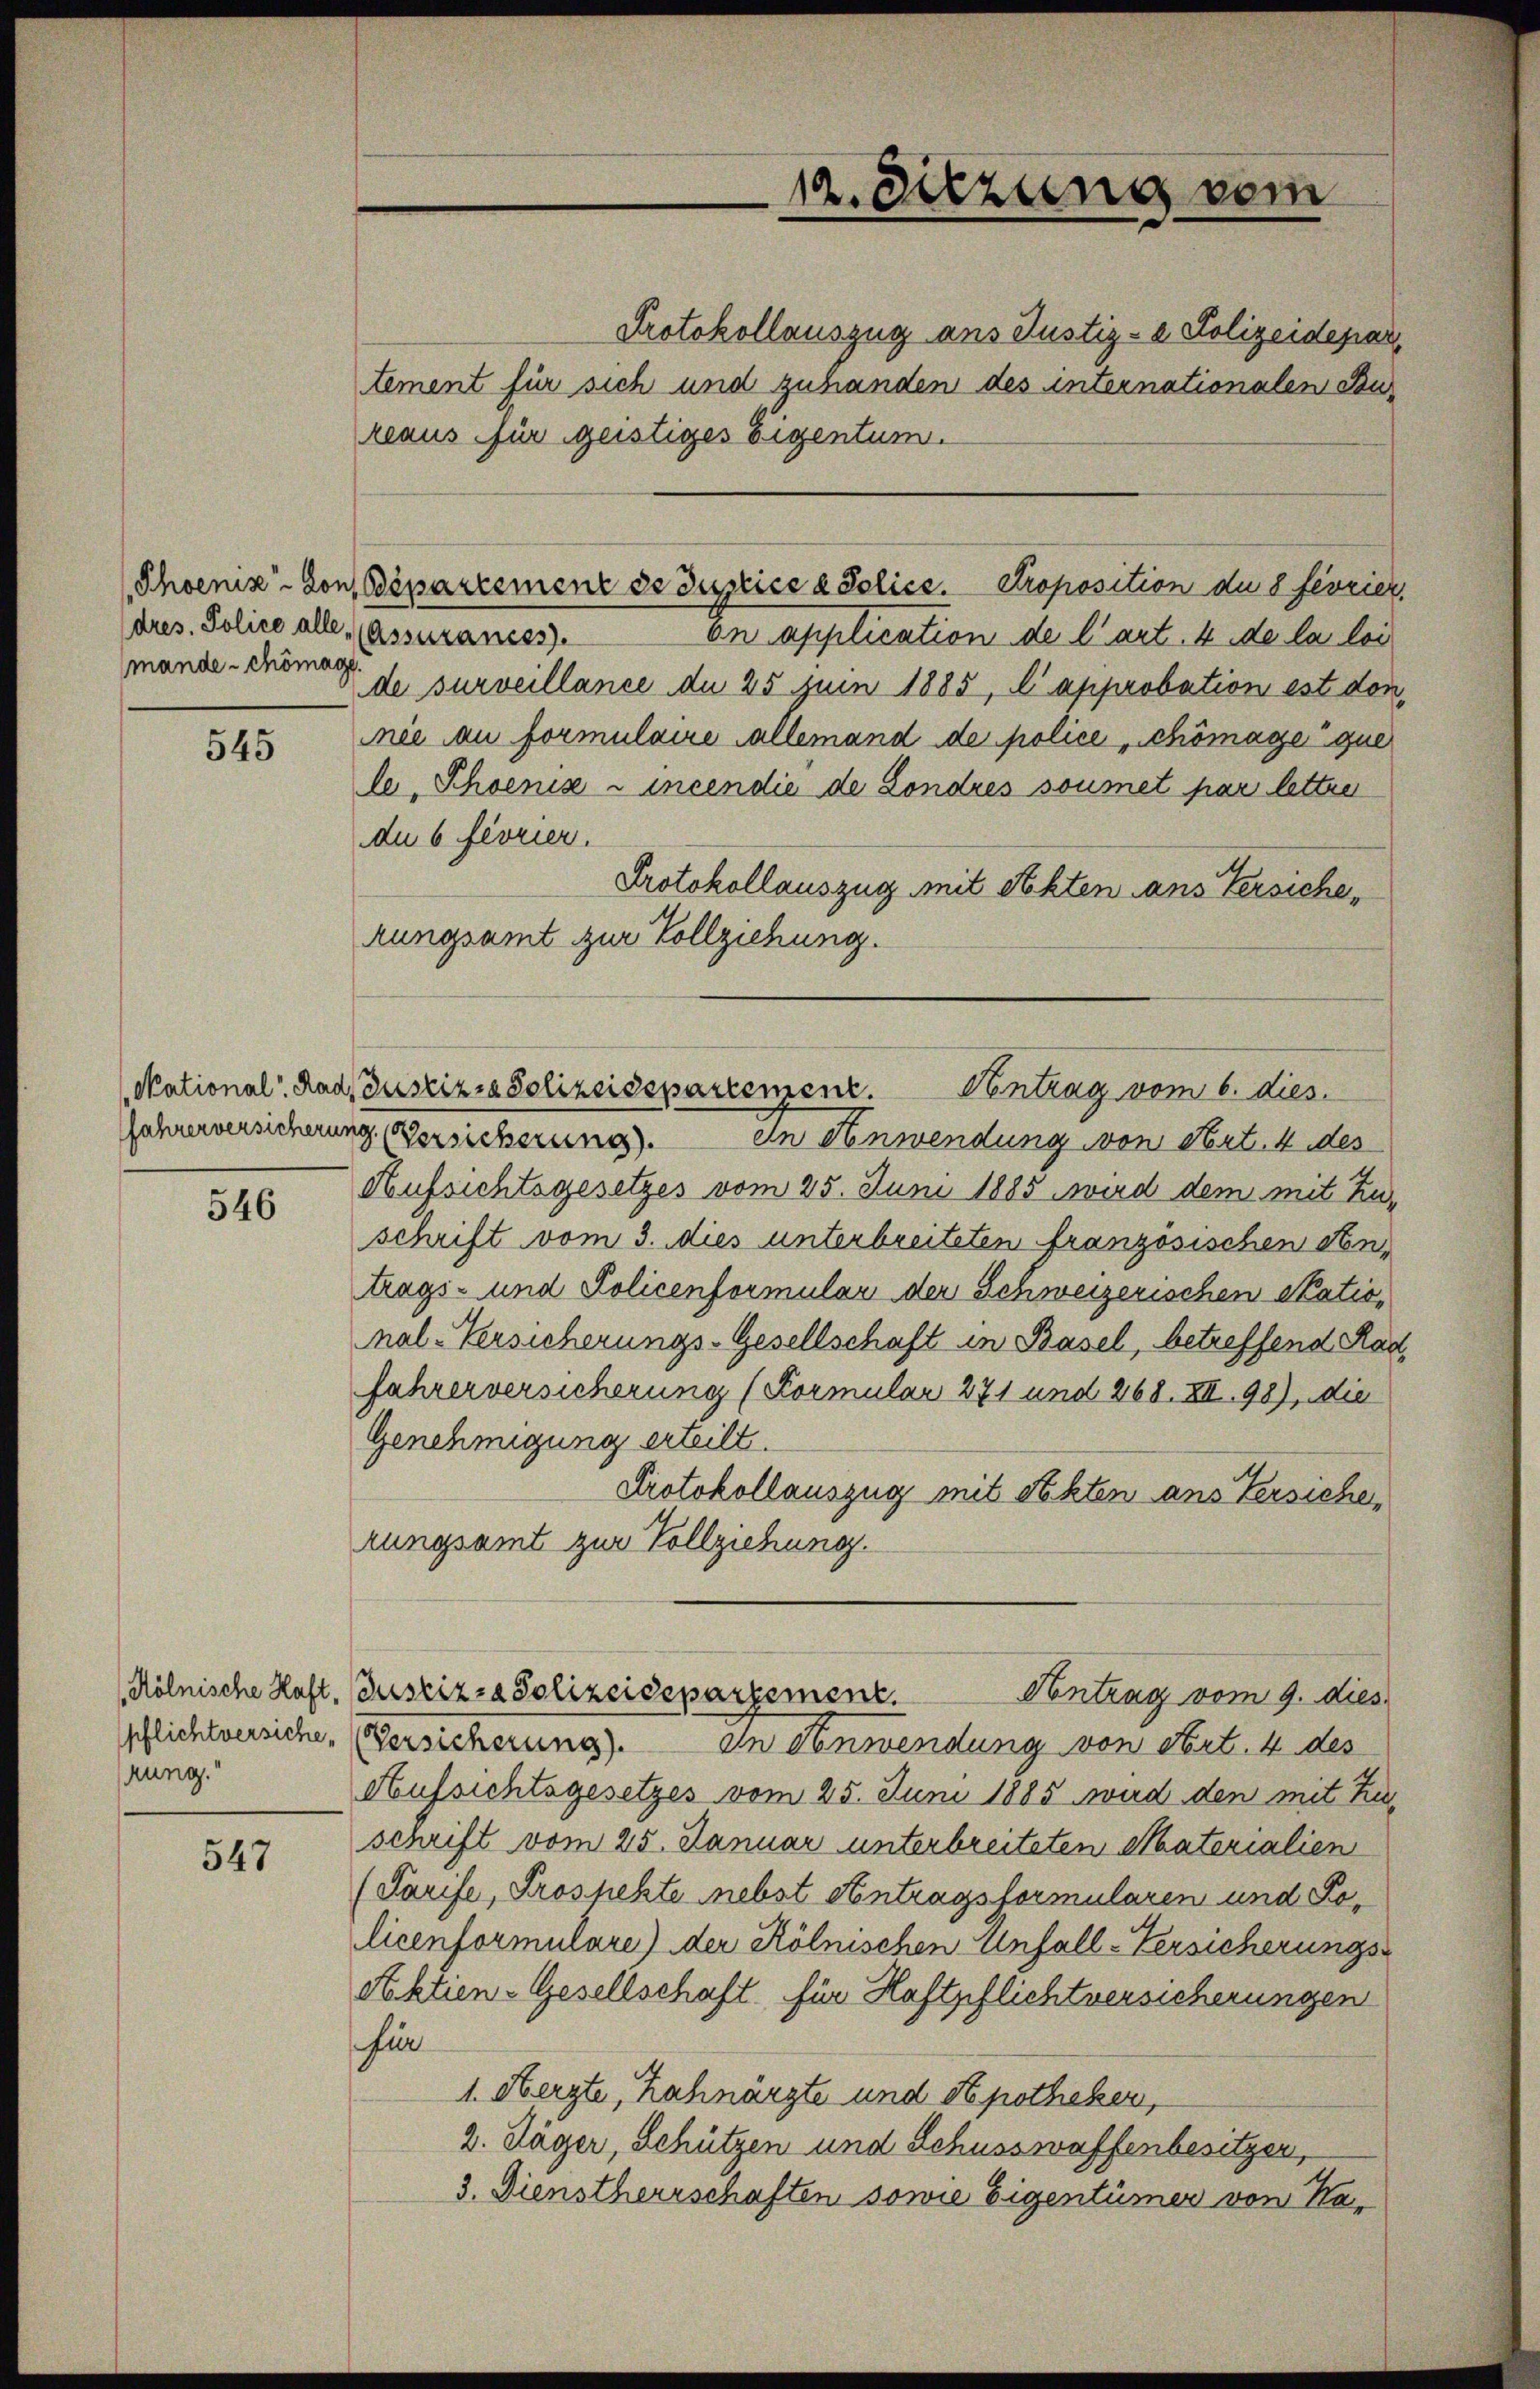
dres. Police alle (Assurances.
mande - chömag

545

546

hung.

547

12. Sitzung vom

Protokollauszug aus Justiz- & Polizeidepar
tement für sich und zuhanden des internationalen Bur
reaus für geistiges Eigentum.
On application de l’art. 4 de la loi
de surveillance du 25 Juin 1885, C approbation est den
mie au formulaire allemand der police Schömage que
le Phoeniz - incendie de Londres soumet par letten
du 6 florier.
Protokollauszug mit Akten aus Versiche,
rungsamt zur Vollziehung.
Jahrenversicherung (Versicherung). In Anwendung von Art. 4 des
Aufsichtsgesetzes vom 25. Juni 1885 wird dem mit Zuschrift vom 3. dies unterbreiteten französischen Sontrags- und Policenformular der Schweizerischen National-Versicherungs-Gesellschaft in Basel, betreffend Rad
fahrer versicherung (Formular 271 und 268. XII. 98), die
Genehmigung erteilt.
Protokollauszug mit Sekten aus Versiche,
rungsamt zur Vollziehung.
(Kölnische Haft, Gustiz- & Polizeidepartement.
Antrag vom 9. dies
pflichtversiche. (Versicherung). In Anwendung von Art. 4 des
Aufsichtsgesetzes vom 25. Juni 1885 wird den mit Zuschrift vom 25. Januar unterbreiteten Materialien
(Tarife, Prospekte nebst Antragsformularen und Policenformulare) der Kölnischen Unfall-Versicherungs-
Aktien-Gesellschaft für Haftpflichtversicherungen
für
1. Herzte, Zahnarzte und Apotheker,
2. Jäger, Schützen und Schusswaffenbesitzer,
3. Dienstherrschaften sowie Eigentümer von Ka-

Phoeniz-von Béparcemene de duplice d. Police. Proposition du 8 février,

National Rad, Zustiz & Polizeisepartemene Centrag vom 6. dies